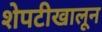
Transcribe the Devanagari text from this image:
शेपटीखालून